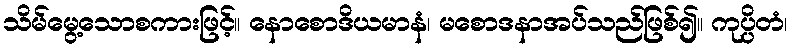
သိမ်မွေ့သောစကားဖြင့်။ နောစောဒိယမာနံ၊ မစောဒနာအပ်သည်ဖြစ်၍။ ကုပ္ပိတံ၊